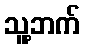
သူ့ဘက်